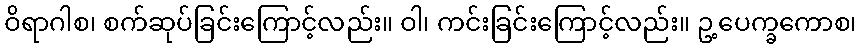
ဝိရာဂါစ၊ စက်ဆုပ်ခြင်းကြောင့်လည်း။ ဝါ၊ ကင်းခြင်းကြောင့်လည်း။ ဥ့ပေက္ခကောစ၊